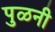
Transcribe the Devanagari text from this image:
पुळनी